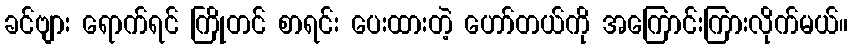
ခင်ဗျား ရောက်ရင် ကြိုတင် စာရင်း ပေးထားတဲ့ ဟော်တယ်ကို အကြောင်းကြားလိုက်မယ်။